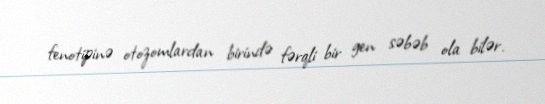
fenotipinə otozomlardan birində fərqli bir gen səbəb ola bilər.